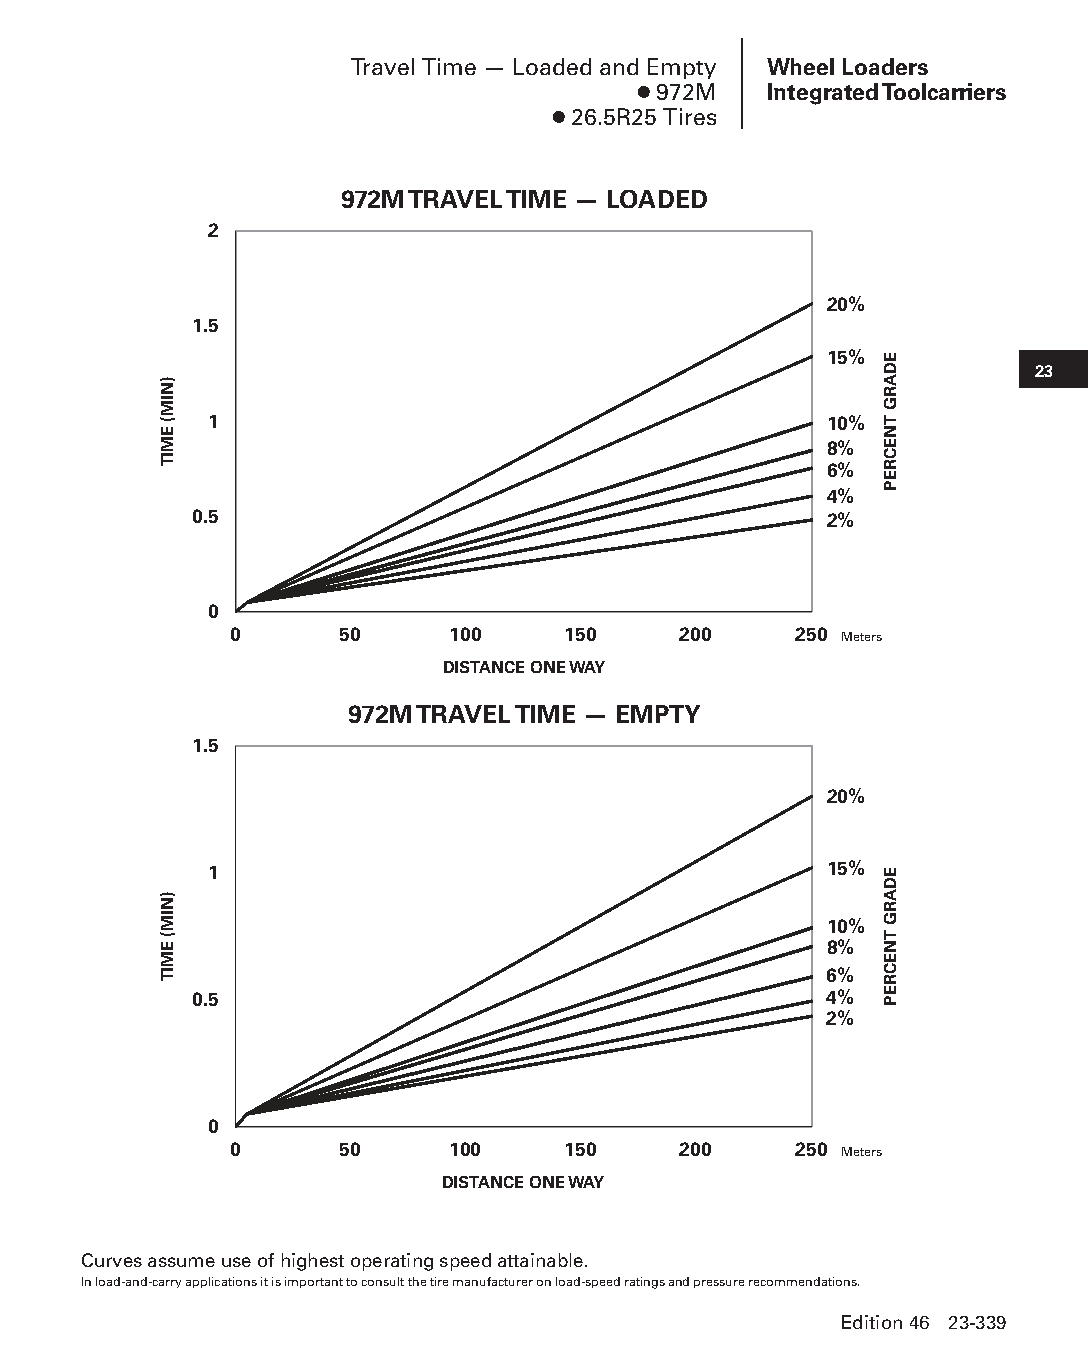
Travel Time — Loaded and Empty Wheel Loaders
 ● 972M  Integrated Toolcarriers
 ● 26.5R25 Tires
 972M TRAVEL TIME — LOADED
 2
 20%
 1.5
 15%
 23
 1                                        10%
 8%
 6%
 4%
 0.5                                       2%
 0
 0      50     100     150    200     250 Meters
 DISTANCE ONE WAY
 972M TRAVEL TIME — EMPTY
 1.5
 20%
 1                                        15%
 10%
 8%
 6%
 0.5                                       4%
 2%
 0
 0      50     100     150    200     250 Meters
 DISTANCE ONE WAY
 Curves assume use of highest operating speed attainable.
 In load-and-carry applications it is important to consult the tire manufacturer on load-speed ratings and pressure recommendations.
 Edition 46 23-339
 PPHHBB--SSeecc2233((ppgg332255--338800))..iinndddd 333399      1122//44//1155 1111::1133 AAMM
 )NIM(
 EMIT
 )NIM(
 EMIT
 EDARG
 TNECREP
 EDARG
 TNECREP